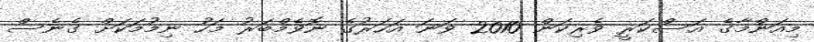
މިއަންމާގެ އަސްކަރީ ވެރިކަން 2010 ވަނަ އަހަރުގެ ނޮވެމްބަރު މަހު ނިމުމަކަށް ގެނެސް